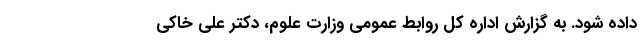
داده شود. به گزارش اداره کل روابط عمومی وزارت علوم، دکتر علی خاکی